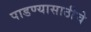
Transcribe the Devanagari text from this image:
पाडण्यासाठीचे